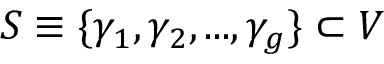
S \equiv \{ \gamma _ { 1 } , \gamma _ { 2 } , . . . , \gamma _ { g } \} \subset V